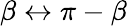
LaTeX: \beta\leftrightarrow\pi-\beta